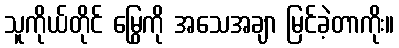
သူကိုယ်တိုင် မြွေကို အသေအချာ မြင်ခဲ့တာကိုး။